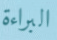
البراءة